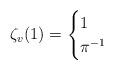
LaTeX: \begin{align*} \zeta_v(1) = \begin{cases} 1 & \\ \pi^{-1} & \end{cases}\end{align*}